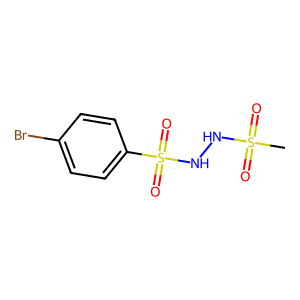
SMILES: CS(=O)(=O)NNS(=O)(=O)c1ccc(Br)cc1
Inhibits HIV replication: No